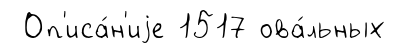
Оп'иса́н'иjе 1517 ова́льных